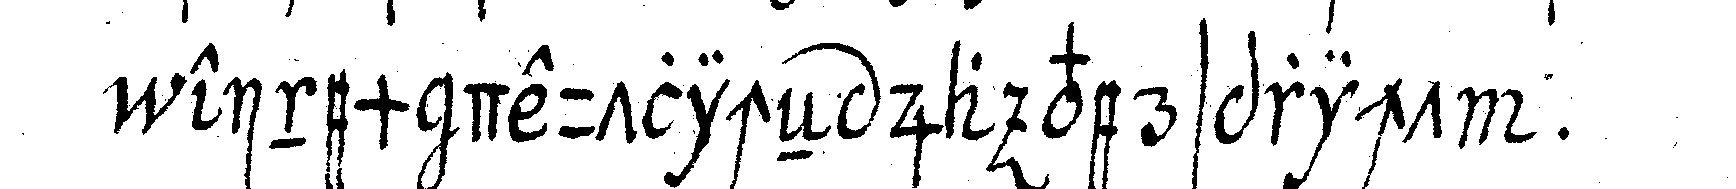
einem deutlicheN ja verspricht .